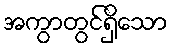
အကွာတွင်ရှိသော